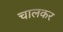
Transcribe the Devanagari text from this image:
चालकर